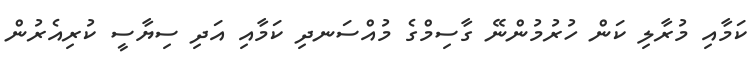
ކަމާއި މުރާލި ކަން ހުރުމުންނޭ ގާސިމްގެ މުއްސަނދި ކަމާއި އަދި ސިޔާސީ ކުރިއެރުން